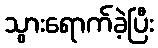
သွားရောက်ခဲ့ပြီး